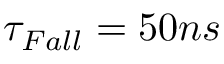
\tau _ { F a l l } = 5 0 n s